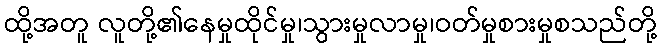
ထို့အတူ လူတို့၏နေမှုထိုင်မှု၊သွားမှုလာမှု၊ဝတ်မှုစားမှုစသည်တို့